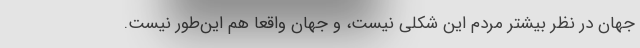
جهان در نظر بیشتر مردم این شکلی نیست، و جهان واقعاً هم این‌طور نیست.